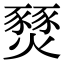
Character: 燹